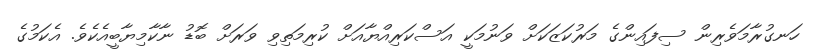
ހަނގުރާމަވެރިން ސިފައިންގެ މަރުކަޒަކަށް ވަނުމަކީ އަސްކަރިއްޔާއަށް ކުރިމަތިވި ވަރަށް ބޮޑު ނާކާމިޔާބީއެކެވެ. އެކަމުގެ